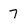
Character: 7